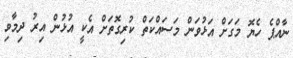
ނާއްޕެ ހެޔޮ މަގަށް އަޅުވަން މަސައްކަތް ކުރިގޮތަށް އެކީ އުޅުން އިރު ދިމާވި